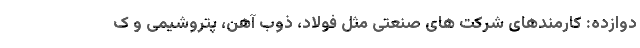
دوازده: کارمندهای شرکت های صنعتی مثل فولاد، ذوب آهن، پتروشیمی و ک